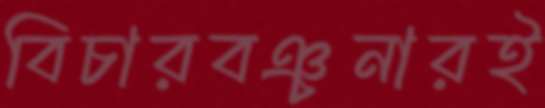
বিচারবঞ্চনারই